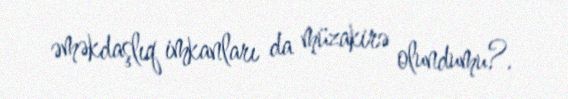
əməkdaşlıq imkanları da müzakirə olundumu?.